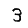
Digit: 3